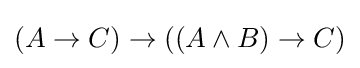
(A\to C)\to ((A\land B)\to C)